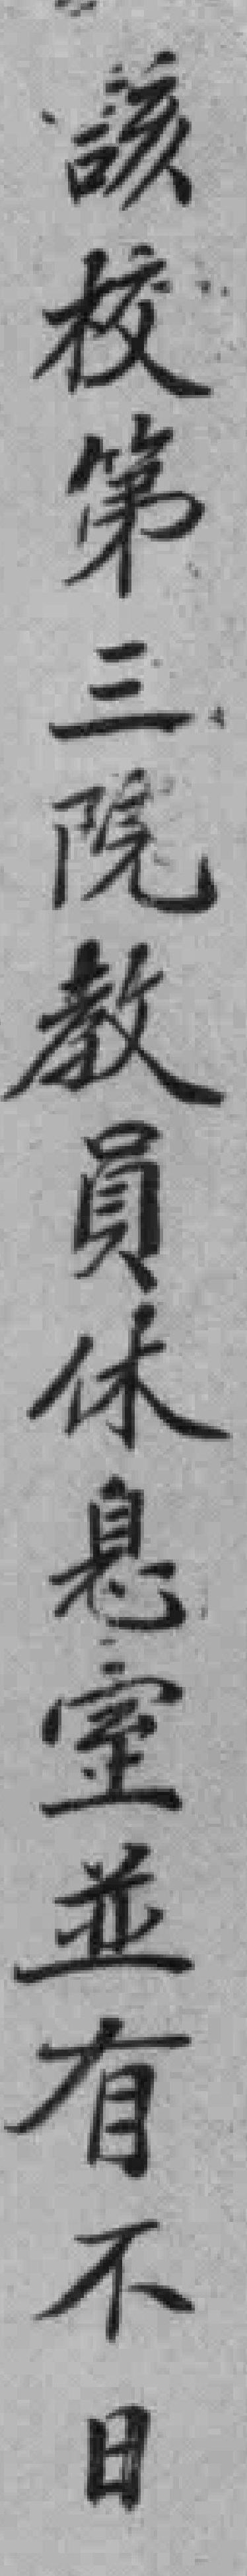
該校第三院教員休息室並有不日